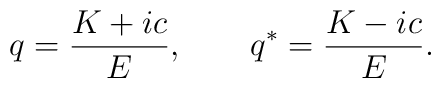
q=\frac{K+ic}{E},~~~~~~q^*=\frac{K-ic}{E}.